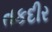
તકદીર